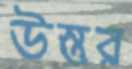
উস্তুর